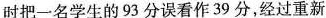
时把一名学生的93分误看作39分，经过重新